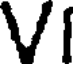
VI